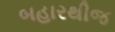
બહારથીજ